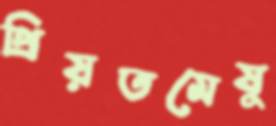
প্রিয়তমেষু